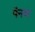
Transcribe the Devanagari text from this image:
पॅनवर